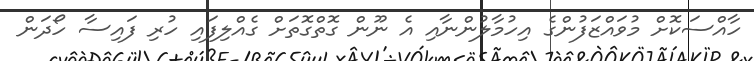
ހާއްސަކޮށް މުވައްޒަފުންގެ އިހުމާލުންނާއި އެ ނޫން ގޮތްގޮތަށް ގެއްލިފައި ހުރި ފައިސާ ހޯދަން